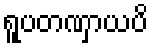
ရူပတဏှာယပိ